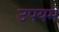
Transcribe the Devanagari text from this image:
उपयम